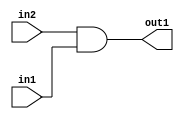
`timescale 1ps / 1ps
/*****************************************************************************
    Verilog RTL Description
    
    
    Created by: Stratus DpOpt 21.05.01 
*******************************************************************************/

module SobelFilter_And_1Ux1U_1U_4 (
	in2,
	in1,
	out1
	); /* architecture "behavioural" */ 
input  in2,
	in1;
output  out1;
wire  asc001;

assign asc001 = 
	(in2)
	&(in1);

assign out1 = asc001;
endmodule

/* CADENCE  urf3Sg0= : u9/ySxbfrwZIxEzHVQQV8Q== ** DO NOT EDIT THIS LINE ******/